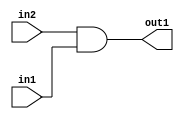
`timescale 1ps / 1ps
/*****************************************************************************
    Verilog RTL Description
    
    
    Created by: Stratus DpOpt 21.05.01 
*******************************************************************************/

module SobelFilter_And_1Ux1U_1U_4 (
	in2,
	in1,
	out1
	); /* architecture "behavioural" */ 
input  in2,
	in1;
output  out1;
wire  asc001;

assign asc001 = 
	(in2)
	&(in1);

assign out1 = asc001;
endmodule

/* CADENCE  urf3Sg0= : u9/ySxbfrwZIxEzHVQQV8Q== ** DO NOT EDIT THIS LINE ******/